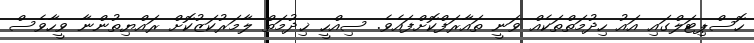
ހޮސްޕިޓަލްގައި އައު ހިދުމަތްތަކެއް ވަނީ ތައާރަފްކޮށްފައެވެ. ސިއްހީ ޚިދުމަތް ލާމަރުކަޒުކޮށް ރައްޔިތުންނާ ވީހާވެސް